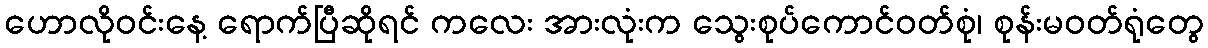
ဟောလိုဝင်းနေ့ ရောက်ပြီဆိုရင် ကလေး အားလုံးက သွေးစုပ်ကောင်ဝတ်စုံ၊ စုန်းမဝတ်ရုံတွေ